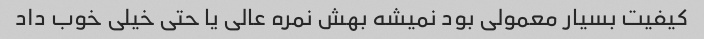
کیفیت بسیار معمولی بود نمیشه بهش نمره عالی یا حتی خیلی خوب داد